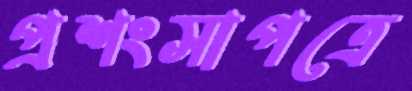
প্রশংসাপত্রে